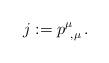
LaTeX: \begin{align*}j:=p^\mu_{\ ,\mu}\, .\end{align*}